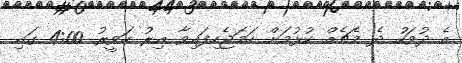
އެ ދުވަހު ދެ މެޗެއް ކުޅުމަށް ހަމަޖެހިފައިވާ އިރު ހަވީރު 4:00 ގައި